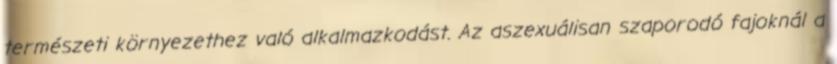
természeti környezethez való alkalmazkodást. Az aszexuálisan szaporodó fajoknál a